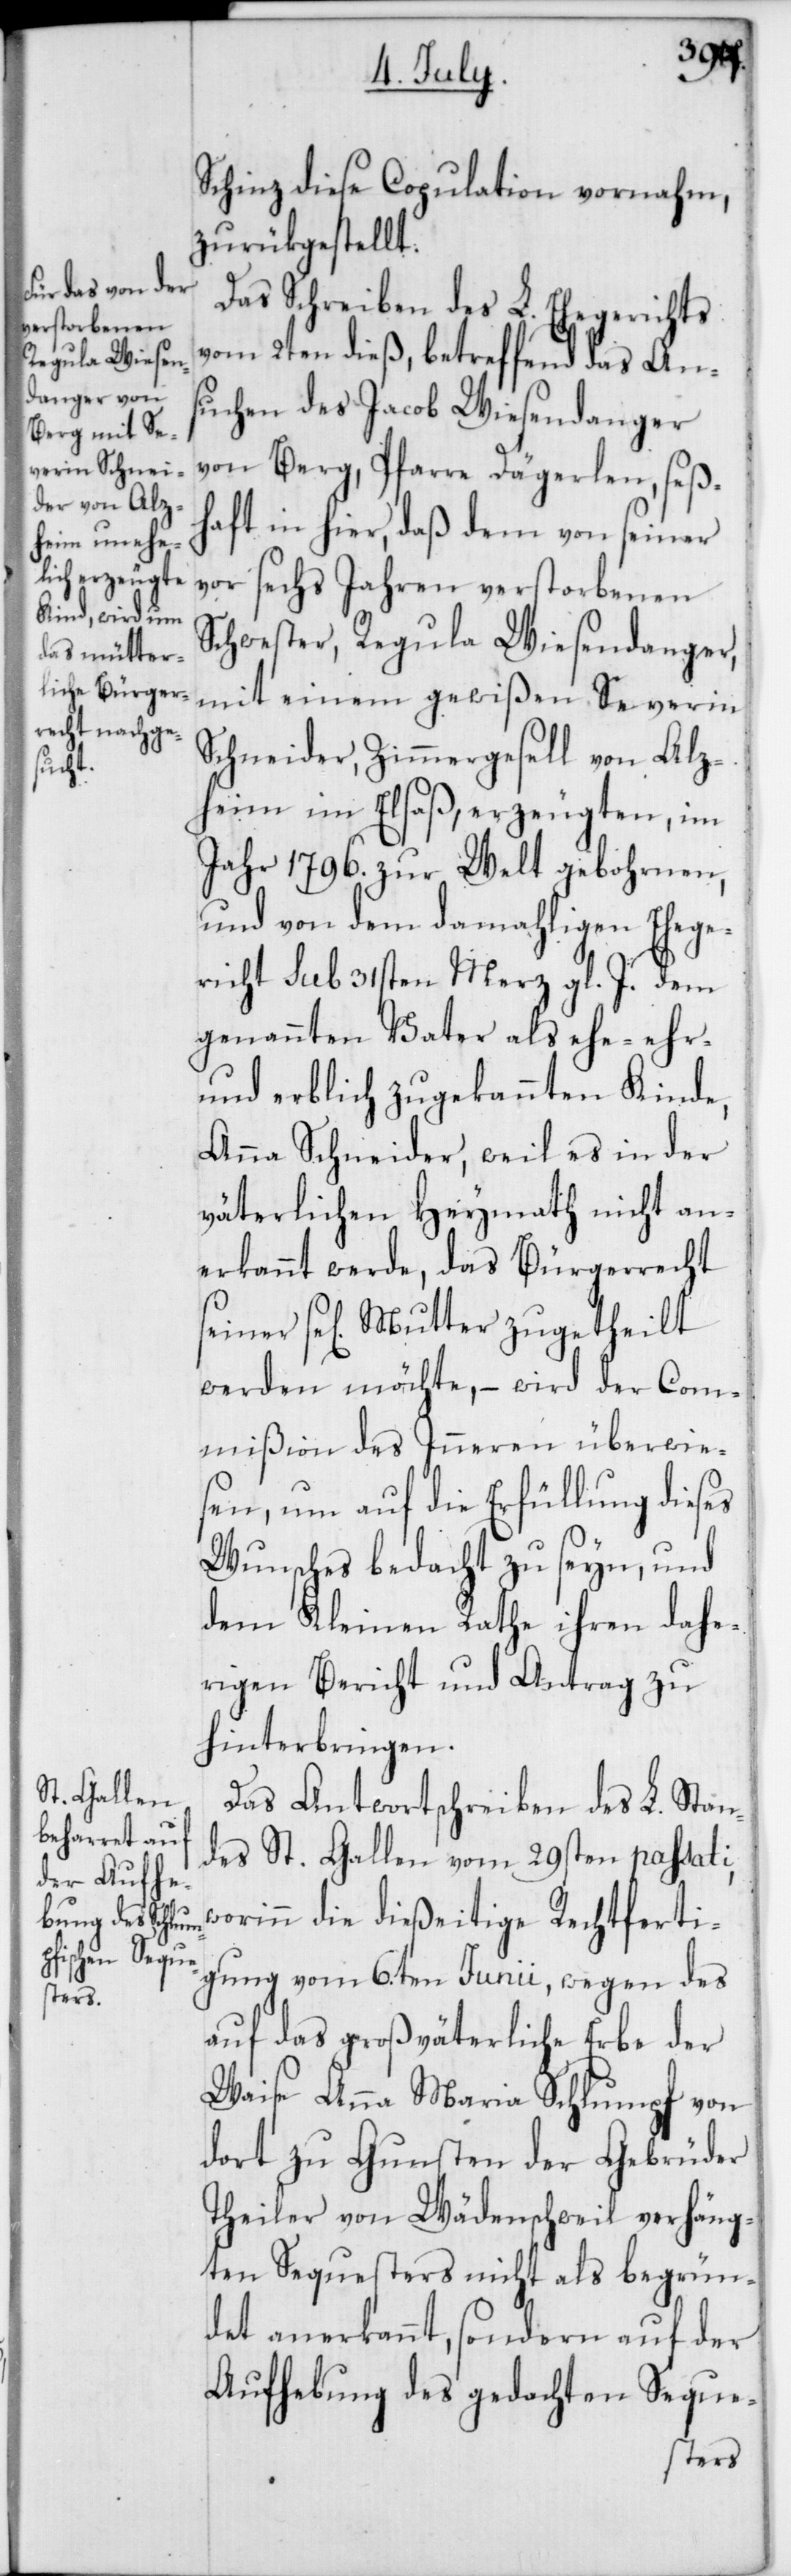
Schinz diese Copulation vornahm,
zurükgestellt.
Das Schreiben des L. Ehegerichts
vom 2ten dieß, betreffend das An¬
suchen des Jacob Wiesendanger
von Berg, Pfarre Dägerlen, seß¬
haft in hier, daß dem von seiner
vor sechs Jahren verstorbenen
Schwester, Regula Wiesendanger,
mit einem gewißen Severin
Schneider, Zimmergesell von Alz¬
heim im Elsaß, erzeugten, im
Jahr 1796. zur Welt gebohrnen,
und von dem damahligen Ehege¬
richt sub 31sten Merz gl. J. dem
genannten Vater als ehe-[,]
und erblich zugekannten Kinde,
Anna Schneider, weil es in der
väterlichen Heymath nicht an¬
erkannt werde, das Bürgerrecht
se[ligen] Mutter zugetheilt
werden möchte, – wird der Com¬
mißion des Inneren überwie¬
sen, um auf die Erfüllung dieses
Wunsches bedacht zu seyn, und
dem Kleinen Rathe ihren dahe¬
rigen Bericht und Antrag zu
hinterbringen.
Das Antwortschreiben des L. Stan¬
des St. Gallen vom 29sten passati,
worinn die dießeitige Rechtferti¬
gung vom 6ten Junii, wegen des
auf das großväterliche Erbe der
Waise Anna Maria Schlumpf von
dort zu Gunsten der Gebrüder
Theiler von Wädenschweil verhäng¬
ten Sequesters nicht als begrün¬
det anerkannt, sondern auf der
Aufhebung des gedachten Seque-